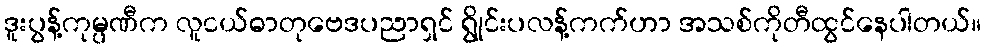
ဒူးပွန့်ကုမ္ပဏီက လူငယ်ဓာတုဗေဒပညာရှင် ရွိုင်းပလန့်ကက်ဟာ အသစ်ကိုတီထွင်နေပါတယ်။